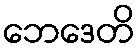
ဘေဒေတိ